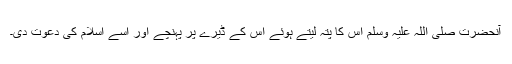
آنحضرت صلی اللہ علیہ وسلم اس کا پتہ لیتے ہوئے اس کے ڈیرے پر پہنچے اور اسے اسلام کی دعوت دی۔